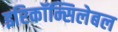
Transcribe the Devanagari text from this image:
इरिकॉन्सिलेबल